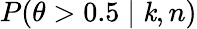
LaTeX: P(\theta>0.5\mid\mathit{k},n)